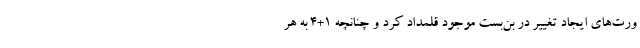
ورت‌های ایجاد تغییر در بن‌بست موجود قلمداد کرد و چنانچه ۱+۴ به هر